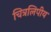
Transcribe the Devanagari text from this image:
चित्रलिपीय